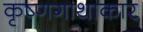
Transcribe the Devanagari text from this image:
कृष्णगाथाकार